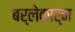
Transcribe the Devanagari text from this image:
बर्लेकार्न